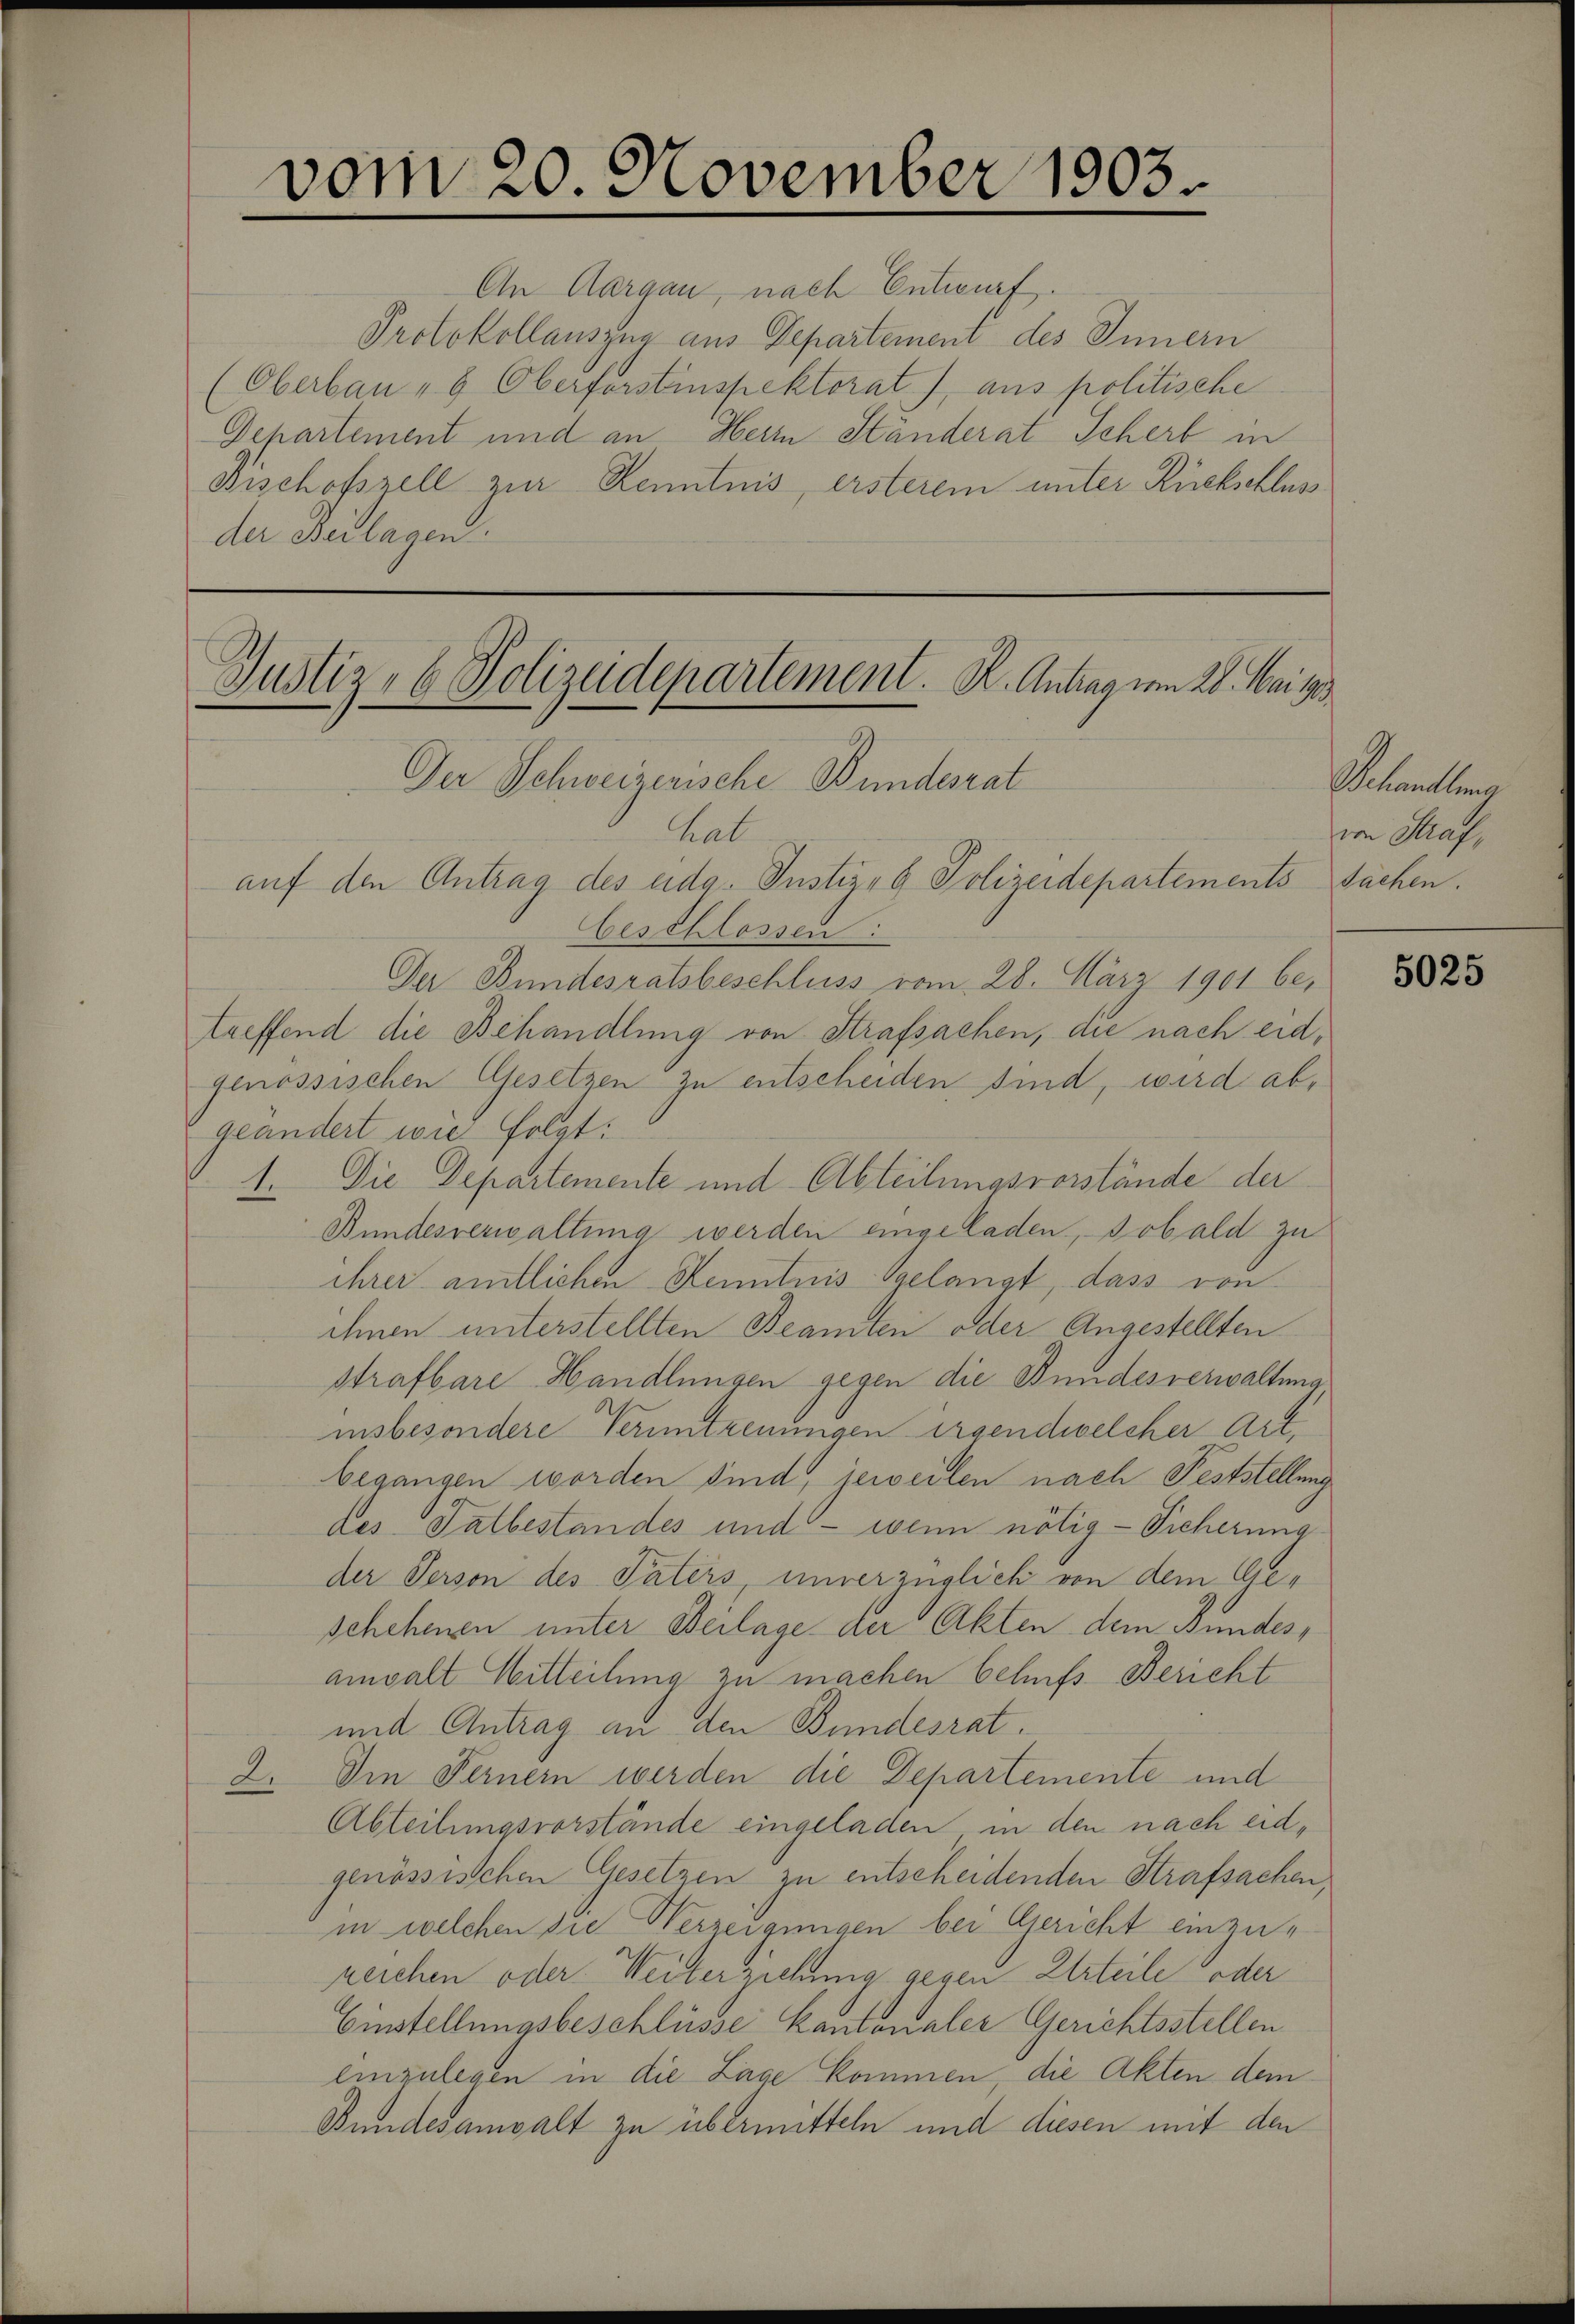
An Aargau, nach Entwurf.
Protokollauszug aus Departement des Innern
(Oberbau " Oberforstinspektorat), aus politische
Departement und an Herrn Ständerat Schert in
Fischofszell zur Kenntnis, ersterem unter Rückschluss
der Beilagen

Justiz- & Polizeidepartement. K. Antrag vom 28. Mai ges

vom 20. November 1903.

Der Schweizerische Bundesrat
hal
auf den Antrag des eidg. Instiz- & Polizeidepartements Sachen.
Geschlossen:
Der Bundesratsbeschluss vom 28. März 1901 be
treffend die Behandlung von Strafsachen, die nach eidgenössischen Gesetzen zu entscheiden sind, wird abgeändert wie folgt:
1. Die Departemente und Abteilungsvorstände der
Bundesverwaltung werden eingeladen, sobald zu
ihrer amtlichen Kenntnis gelangt, dass von
ihnen unterstellten Beamten oder Angestellten
strafbare Handlungen gegen die Bundesverwaltung
insbesondere Veruntreuungen irgendwelcher Art.
begangen worden sind, jeweilen nach Feststellung
des Tatbestandes und — wenn nötig - Sicherung
der Person des Paters, unverzüglich von dem Geschehenen unter Beilage der Akten dem Bundesainvalt Mitteilung zu machen behufs Bericht
und Antrag an den Bundesrat.
2. Die Fernem werden die Departemente und
Abteilungsvorstände eingeladen in den nach eidgenössischen Gesetzen zu entscheidenden Strafsachen,
in welchen die Verzeigungen bei Gericht einzureichen oder Weiterziehung gegen Urteile oder
Einstellungsbeschlüsse kantonaler Gerichtsstellen
einzulegen in die Lage kommen, die Akten dem
Bundesanwalt zu übermitteln und diesen mit den

eamtung
von Straf,

5025